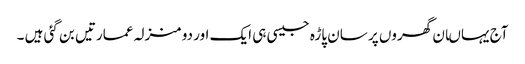
آج یہاںان گھروں پر سان پاڑہ جیسی ہی ایک اور دو منزلہ عمارتیں بن گئی ہیں ۔